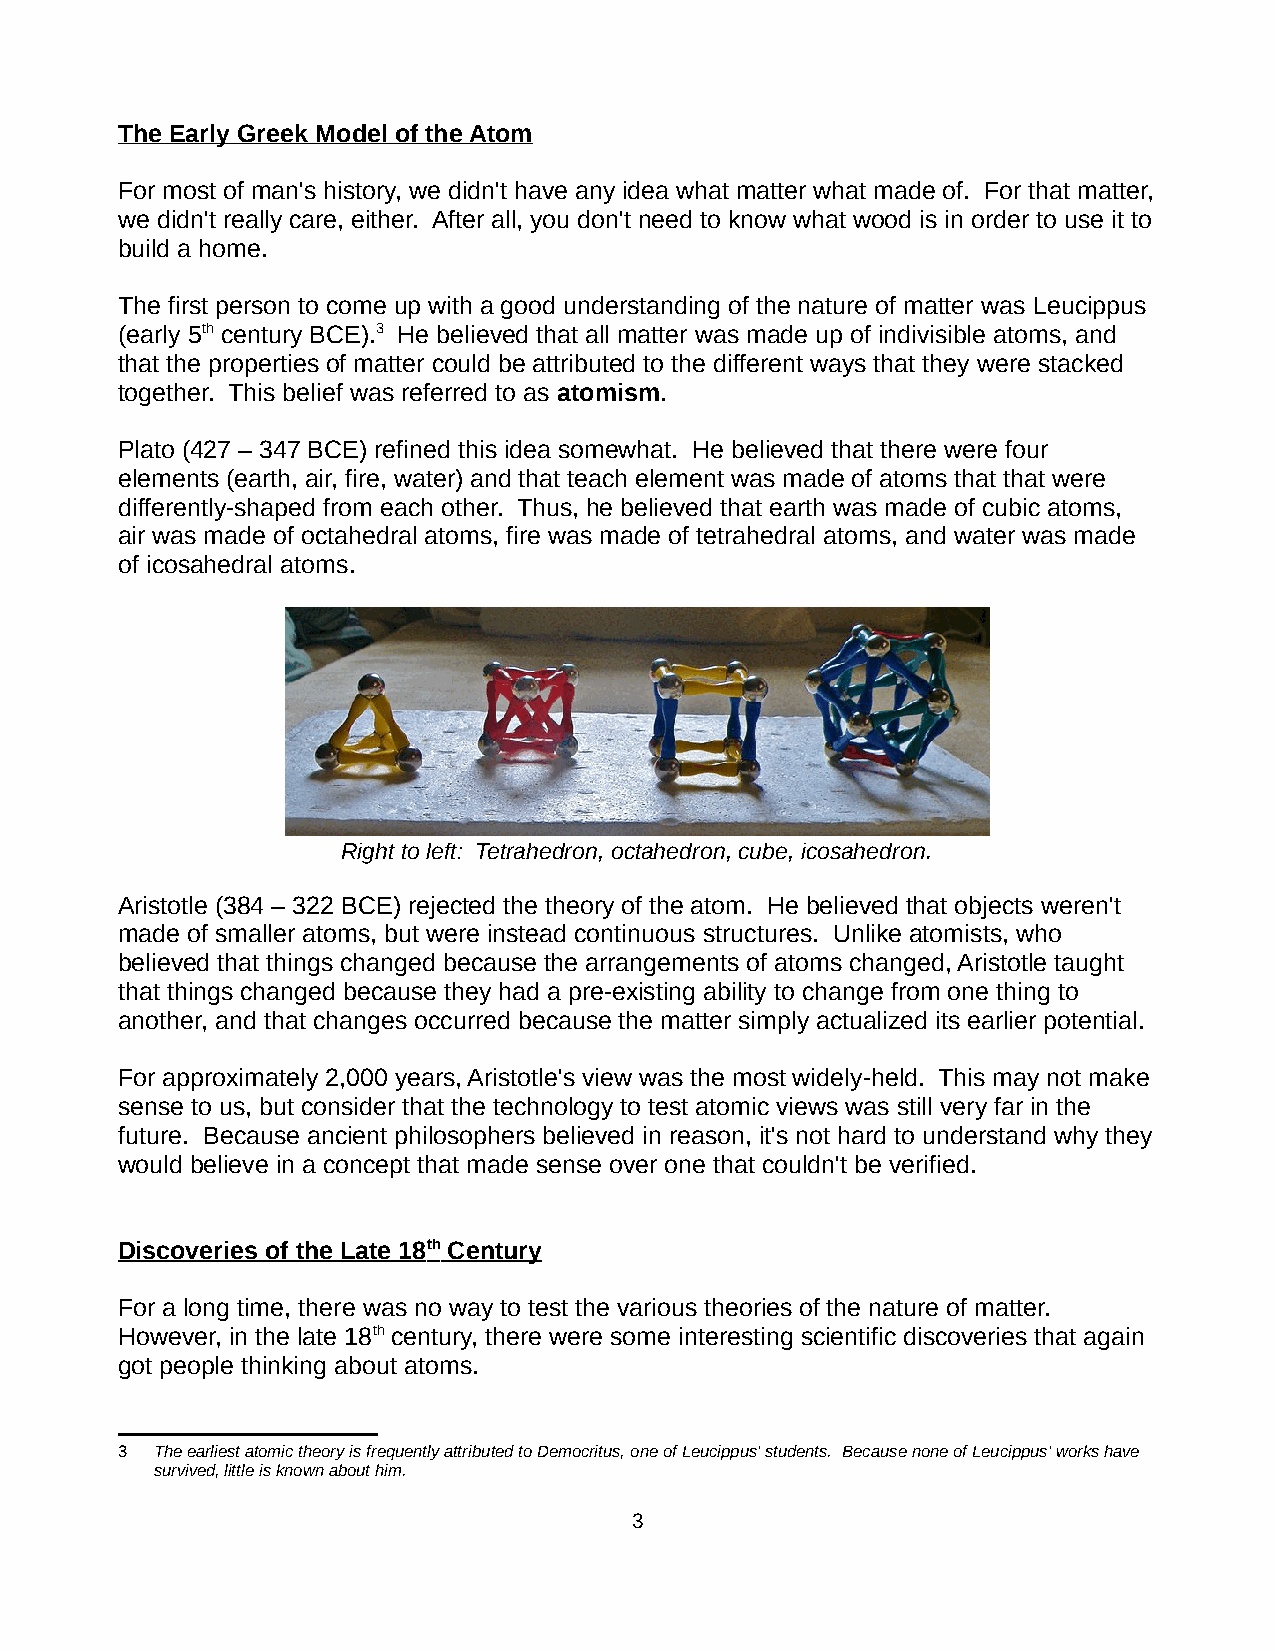
The Early Greek Model of the Atom
 For most of man's history, we didn't have any idea what matter what made of. For that matter,
 we didn't really care, either. After all, you don't need to know what wood is in order to use it to
 build a home.
 The first person to come up with a good understanding of the nature of matter was Leucippus
 (early 5th century BCE).3 He believed that all matter was made up of indivisible atoms, and
 that the properties of matter could be attributed to the different ways that they were stacked
 together. This belief was referred to as atomism.
 Plato (427 – 347 BCE) refined this idea somewhat. He believed that there were four
 elements (earth, air, fire, water) and that teach element was made of atoms that that were
 differently-shaped from each other. Thus, he believed that earth was made of cubic atoms,
 air was made of octahedral atoms, fire was made of tetrahedral atoms, and water was made
 of icosahedral atoms.
 Right to left: Tetrahedron, octahedron, cube, icosahedron.
 Aristotle (384 – 322 BCE) rejected the theory of the atom. He believed that objects weren't
 made of smaller atoms, but were instead continuous structures. Unlike atomists, who
 believed that things changed because the arrangements of atoms changed, Aristotle taught
 that things changed because they had a pre-existing ability to change from one thing to
 another, and that changes occurred because the matter simply actualized its earlier potential.
 For approximately 2,000 years, Aristotle's view was the most widely-held. This may not make
 sense to us, but consider that the technology to test atomic views was still very far in the
 future. Because ancient philosophers believed in reason, it's not hard to understand why they
 would believe in a concept that made sense over one that couldn't be verified.
 Discoveries of the Late 18 th Century
 For a long time, there was no way to test the various theories of the nature of matter.
 However, in the late 18th century, there were some interesting scientific discoveries that again
 got people thinking about atoms.
 3 The earliest atomic theory is frequently attributed to Democritus, one of Leucippus' students. Because none of Leucippus' works have
 survived, little is known about him.
 3